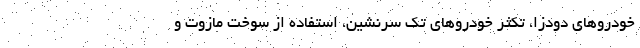
خودروهای دودزا، تکثر خودروهای تک سرنشین، استفاده از سوخت مازوت و